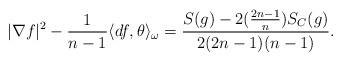
LaTeX: \begin{align*}|\nabla f|^2-\frac{1}{n-1}\langle df, \theta\rangle_{\omega}=\frac{S(g)-2(\frac{2n-1}{n})S_C(g)}{2(2n-1)(n-1)}.\end{align*}